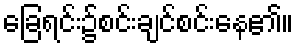
ခြေရင်း၌စင်းချင်စင်းနေ၏။